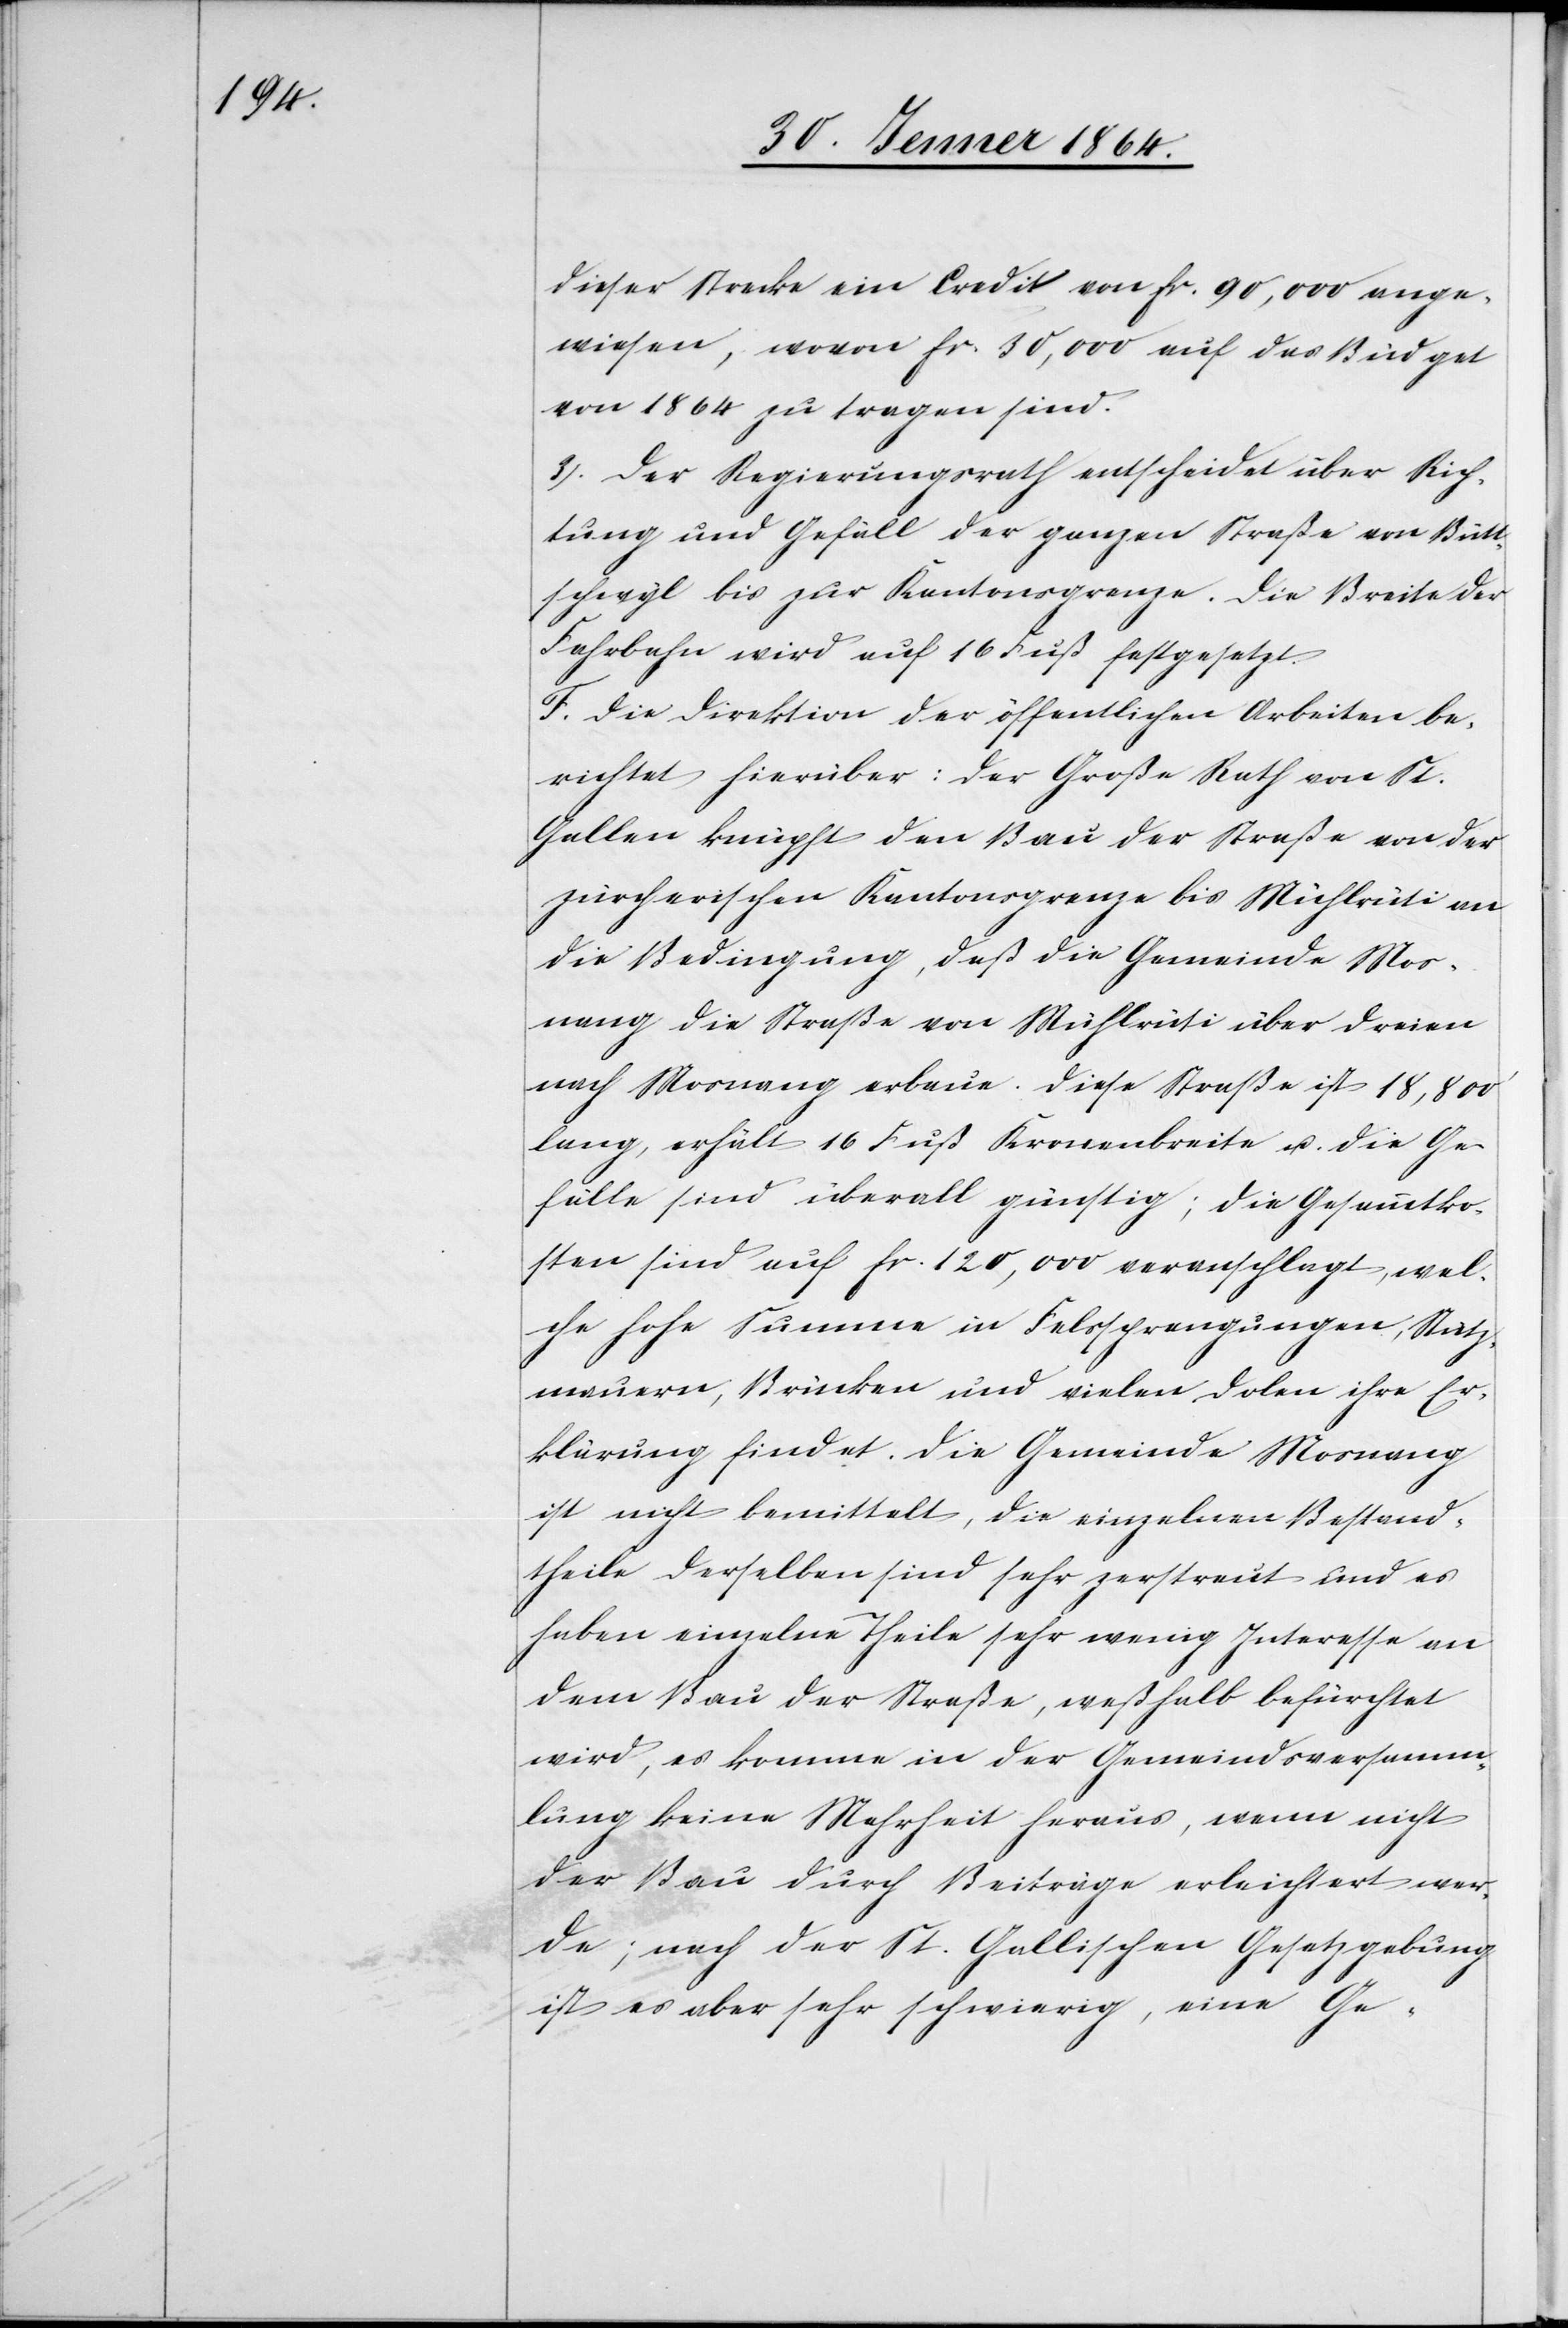
dieser Strecke ein Credit von fr. 90,000 ange¬
wiesen, wovon fr. 30,000 auf das Budget
von 1864 zu tragen sind.
3. Der Regierungsrath entscheidet über Rich¬
tung und Gefäll der ganzen Straße von Bütt¬
schwyl bis zur Kantonsgrenze. Die Breite der
Fahrbahn wird auf 16 Fuß festgesetzt.
F. Die Direktion der öffentlichen Arbeiten be¬
richtet hierüber: Der Große Rath von St.
Gallen knüpft den Bau der Straße von der
zürcherischen Kantonsgrenze bis Mühlrüti an
die Bedingung, daß die Gemeinde Mos¬
nang die Straße von Mühlrüti über Dreien
nach Mosnang erbaue. Diese Straße ist 18,800’
lang, erhält 16 Fuß Kronenbreite u. die Ge¬
fälle sind überall günstig; die Gesammtko¬
sten sind auf fr. 120,000 veranschlagt, wel¬
che hohe Summe in Felssprengungen, Stütz¬
mauern, Brücken und vielen Dolen ihre Er¬
klärung findet. Die Gemeinde Mosnang
ist nicht bemittelt, die einzelnen Bestand¬
theile derselben sind sehr zerstreut und es
haben einzelne Theile sehr wenig Interesse an
dem Bau der Straße, weßhalb befürchtet
wird, es komme in der Gemeindsversamm¬
lung keine Mehrheit heraus, wenn nicht
der Bau durch Beiträge erleichtert wer¬
de; nach der St. Gallischen Gesetzgebung
ist es aber sehr schwierig, eine Ge-